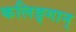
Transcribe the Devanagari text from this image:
कलिङ्गान्‌